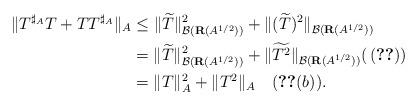
LaTeX: \begin{align*}\|T^{\sharp_A} T+TT^{\sharp_A}\|_A&\leq \|\widetilde{T}\|_{\mathcal{B}(\mathbf{R}(A^{1/2}))}^2+\|(\widetilde{T})^2\|_{\mathcal{B}(\mathbf{R}(A^{1/2}))}\\ &=\|\widetilde{T}\|_{\mathcal{B}(\mathbf{R}(A^{1/2}))}^2+\|\widetilde{T^2}\|_{\mathcal{B}(\mathbf{R}(A^{1/2}))}(\,\eqref{prosum})\\ &=\|T\|_A^2+\|T^2\|_A\quad( \ref{lr2} (b)).\end{align*}